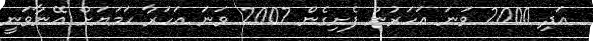
އަދި 2000 ވަނަ އަހަރުން ފެށިގެން 2007 ވަނަ އަހަރާ ހަމަޔަށް އޭނާވަނީ